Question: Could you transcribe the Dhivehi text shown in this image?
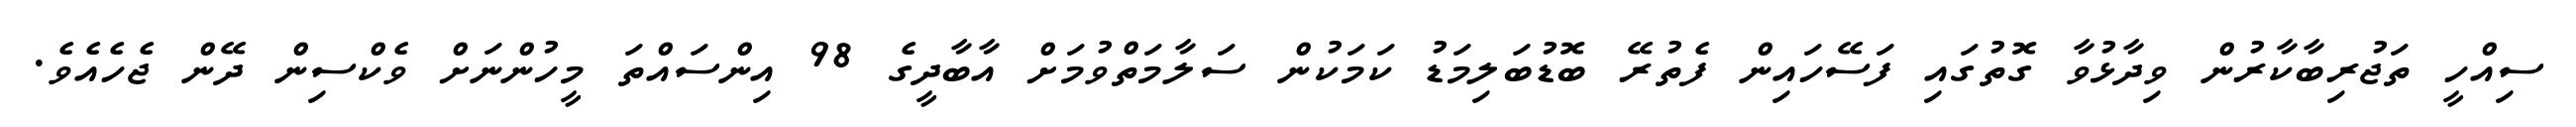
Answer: ސިއްހީ ތަޖުރިބާކާރުން ވިދާޅުވާ ގޮތުގައި ފަސޭހައިން ފެތުރޭ ބޮޑުބަލިމަޑު ކަމަކުން ސަލާމަތްވުމަށް އާބާދީގެ 98 އިންސައްތަ މީހުންނަށް ވެކްސިން ދޭން ޖެހެއެވެ.